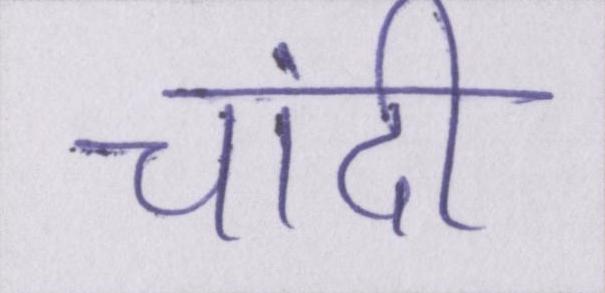
चांदी